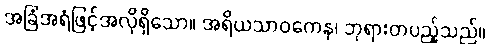
အခြံအရံဖြင့်အလိုရှိသော။ အရိယသာဝကေန၊ ဘုရားတပည့်သည်။